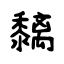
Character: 黐